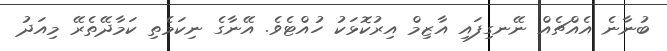
ބުނާނެ އެއްޗެއް ނޭނގިފައި އާޒިމް އިރުކޮޅަކު ހުއްޓެވެ. އޭނާގެ ނިކަމެތި ކަމާދޭތެރޭ މިއަދު